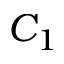
C _ { 1 }